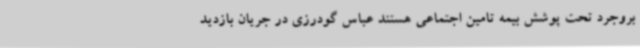
بروجرد تحت پوشش بیمه تامین اجتماعی هستند عباس گودرزی در جریان بازدید